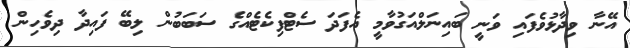
އޭނާ ވިދާޅުވެފައި ވަނީ ބައިނަލްއަގުވާމީ އެފަދަ ސެޓްފިކެޓެއްގެ ސަބަބުން ލިބޭ ފައިދާ ދިވެހިން